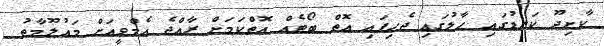
ކާށިދޫ ކަނޑުގައި ހާލުގައި ޖެހިފައި އޮތް ބޯޓެއް އޮތްކަމަށް ރާއްޖެ އެމްވީއަށް މައުލޫމާތު